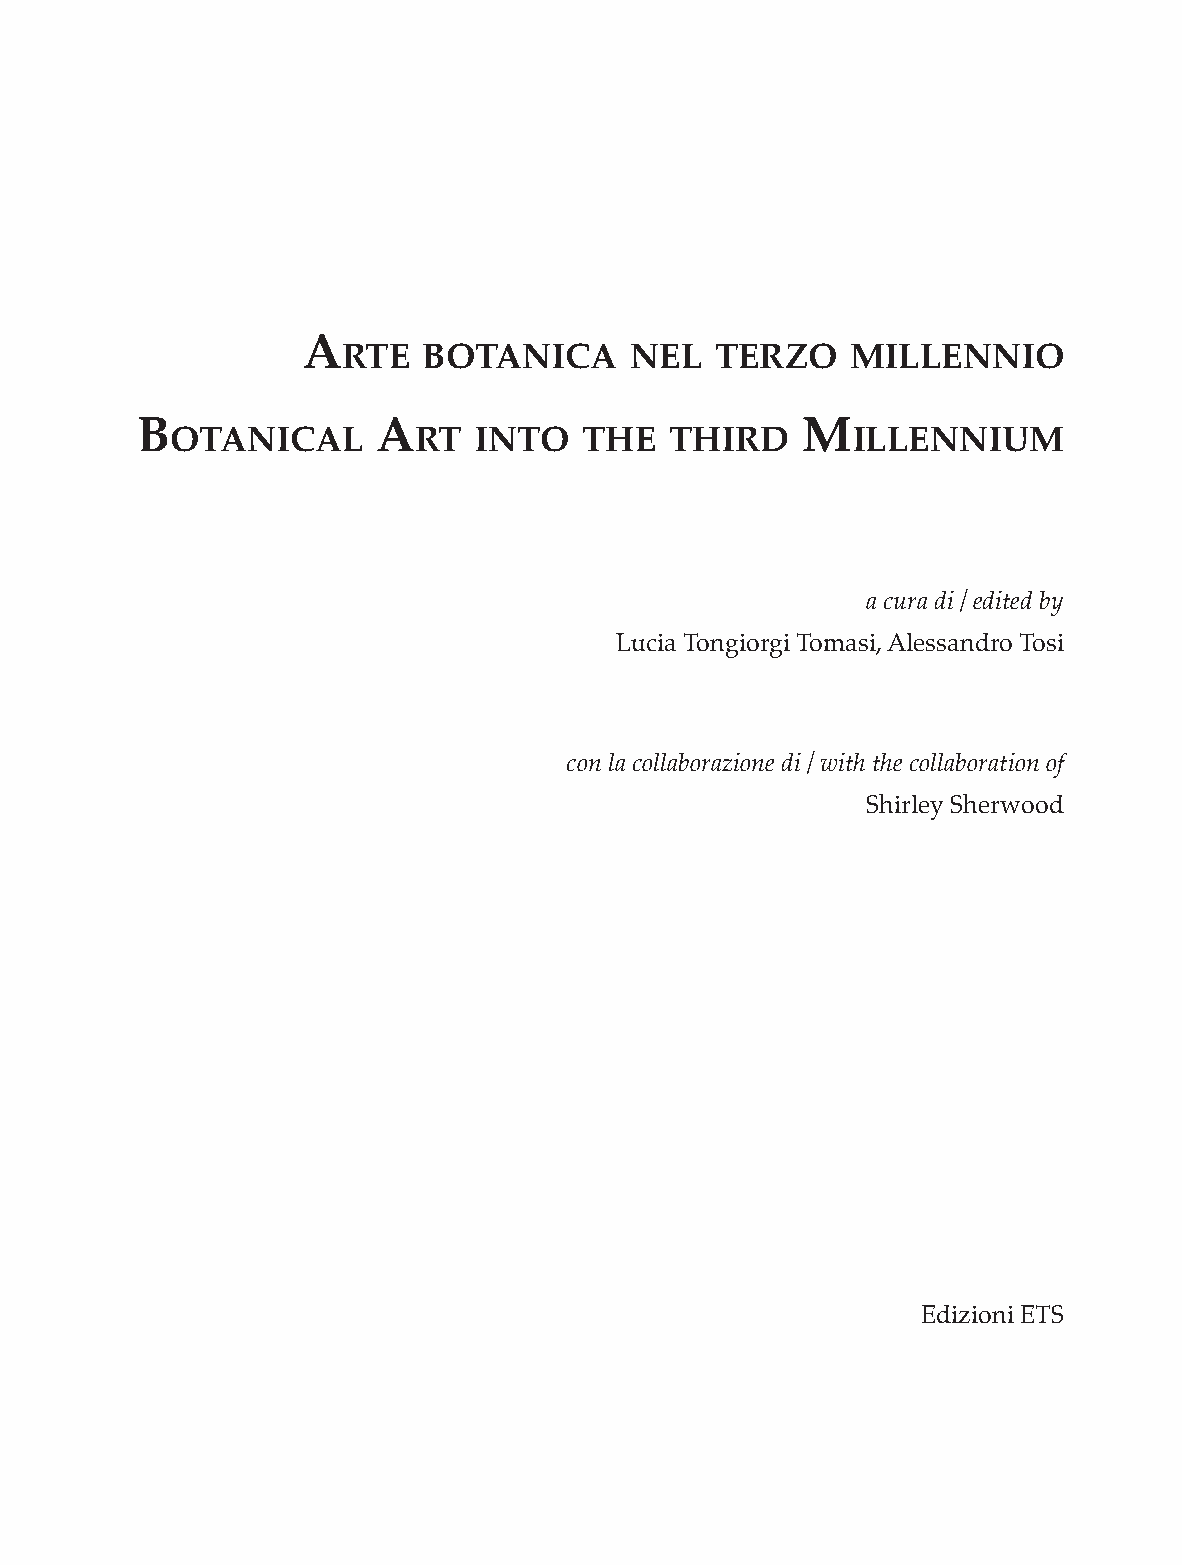
A
 rte  botAnicA      nel  terzo    millennio
 b               A                           m
 otAnicAl        rt  into    the  third       illennium
 a cura di / edited by
 Lucia Tongiorgi Tomasi, Alessandro Tosi
 con la collaborazione di / with the collaboration of
 Shirley Sherwood
 Edizioni ETS